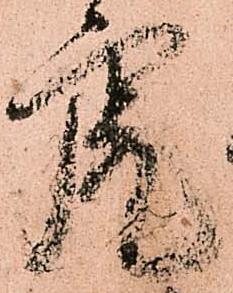
虎